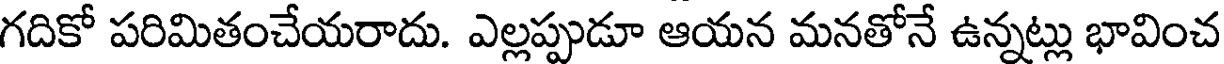
గదికో పరిమితంచేయరాదు. ఎల్లప్పుడూ ఆయన మనతోనే ఉన్నట్లు భావించ